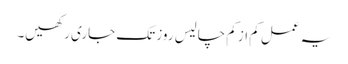
یہ عمل کم از کم چالیس روز تک جاری رکھیں۔